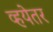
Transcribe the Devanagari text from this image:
व्हयेतर